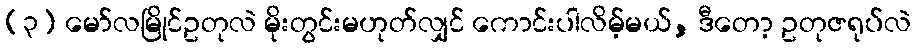
(၃) မော်လမြိုင်ဥတုလဲ မိုးတွင်းမဟုတ်လျှင် ကောင်းပါလိမ့်မယ်, ဒီတော့ ဥတုဇရုပ်လဲ